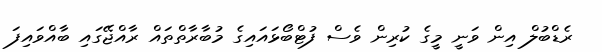
ރެޑްބުލް އިން ވަނީ މީގެ ކުރިން ވެސް ފުޓްބޯޅައައިގެ މުބާރާތްތައް ރާއްޖޭގައި ބާއްވައިފަ